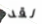
لقد